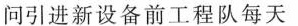
问引进新设备前工程队每天